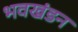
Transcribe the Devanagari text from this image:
भवखंडन